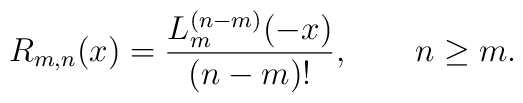
R_{m,n}(x)=\frac{L^{(n-m)}_m(-x)}{(n-m)!},\qquad n\ge m.